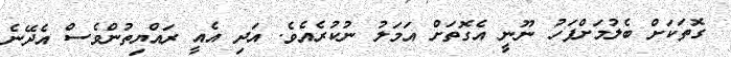
ގޮތަކަށް ބެލުމަށްފަހު ނޫނީ އެގޮތަށް އަމަލު ނުކުރެއެވެ. އަދި އެއީ ރައްޔިތުންވެސް އެދޭނެ